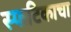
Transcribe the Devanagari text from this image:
स्फटिकाचा